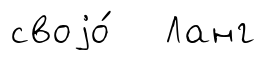
своjо́ Ланг